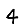
Digit: 4